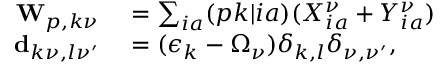
\begin{array} { r l } { \mathbf { W } _ { p , k \nu } } & { { } = \sum _ { i a } ( p k | i a ) ( X _ { i a } ^ { \nu } + Y _ { i a } ^ { \nu } ) } \\ { \mathbf { d } _ { k \nu , l \nu ^ { \prime } } } & { { } = ( \epsilon _ { k } - \Omega _ { \nu } ) \delta _ { k , l } \delta _ { \nu , \nu ^ { \prime } } , } \end{array}